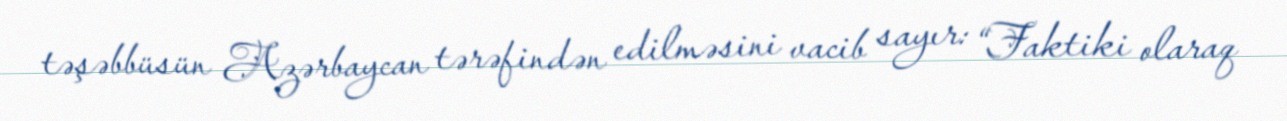
təşəbbüsün Azərbaycan tərəfindən edilməsini vacib sayır: “Faktiki olaraq